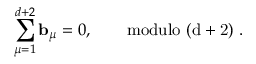
\sum _ { \mu = 1 } ^ { d + 2 } { \bf b } _ { \mu } = 0 , \qquad \mathrm { m o d u l o ~ ( d + 2 ) ~ } .